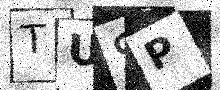
Text: TUSP